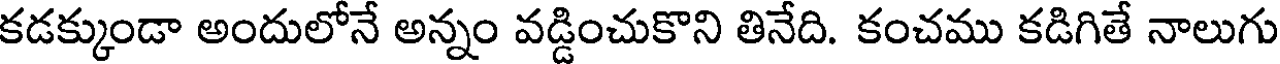
కడక్కుండా అందులోనే అన్నం వడ్డించుకొని తినేది. కంచము కడిగితే నాలుగు